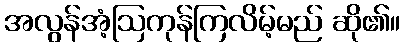
အလွန်အံ့ဩကုန်ကြလိမ့်မည် ဆို၏။